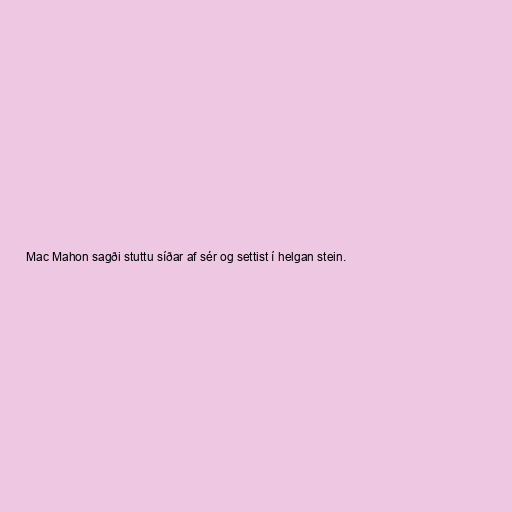
Mac Mahon sagði stuttu síðar af sér og settist í helgan stein.